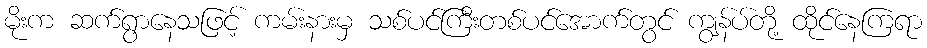
မိုးက ဆက်ရွာနေသဖြင့် ကမ်းနားမှ သစ်ပင်ကြီးတစ်ပင်အောက်တွင် ကျွန်ပ်တို့ ထိုင်နေကြရာ